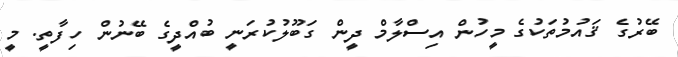
ބޭރުގެ ޤައުމުތަކުގެ މީހުން އިސްލާމް ދީން ގަބޫލުކުރަނީ ބުއްދީގެ ބޭނުން ހިފާތީ. މީ